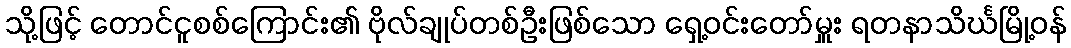
သို့ဖြင့် တောင်ငူစစ်ကြောင်း၏ ဗိုလ်ချုပ်တစ်ဦးဖြစ်သော ရှေ့ဝင်းတော်မှူး ရတနာသိင်္ဃမြို့ဝန်